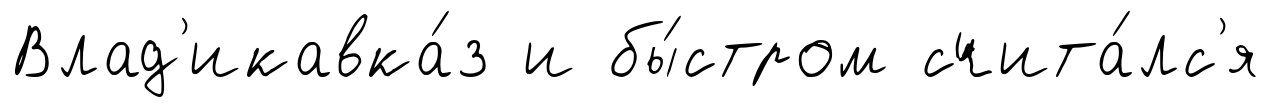
Влад'икавка́з и бы́стром счита́лс'я